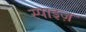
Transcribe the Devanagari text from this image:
स्पाइज़